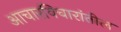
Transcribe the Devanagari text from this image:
आचारविचारांतील